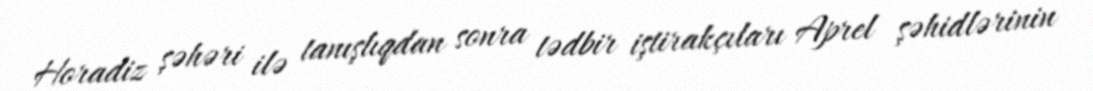
Horadiz şəhəri ilə tanışlıqdan sonra tədbir iştirakçıları Aprel şəhidlərinin